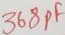
Text: 368pF